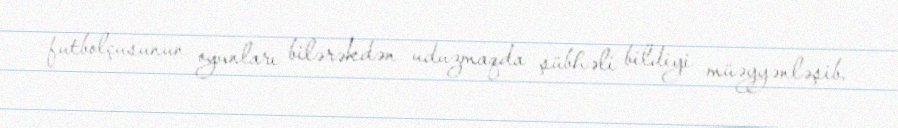
futbolçusunun oyunları bilərəkdən uduzmaqda şübhəli bildiyi müəyyənləşib.